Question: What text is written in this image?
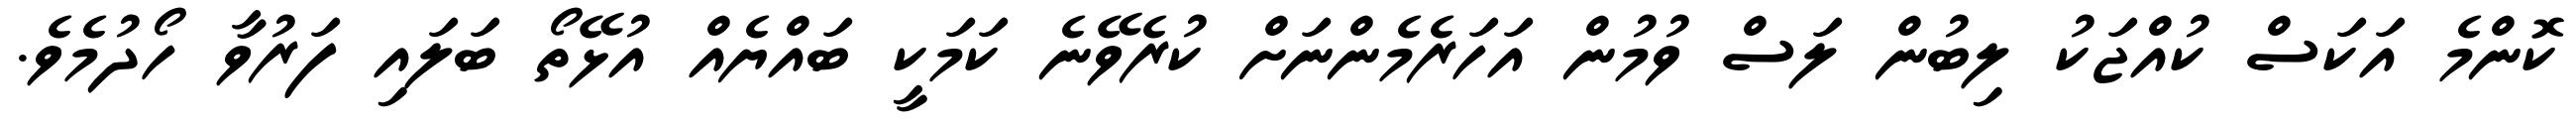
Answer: ކޮންމެ އަކަސް ކުއްޖަކު ލިބުން ލަސް ވުމުން އަހަރެމެންނަށް ކުރެވޭނެ ކަމަކީ ބައްޔެއް އުޅޭތޯ ބަލައި ފަރުވާ ހޯދުމެވެ.